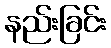
နည်းခြင်း